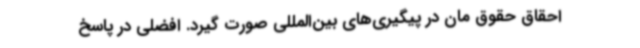
احقاق حقوق مان در پیگیری‌های بین‌المللی صورت گیرد. افضلی در پاسخ